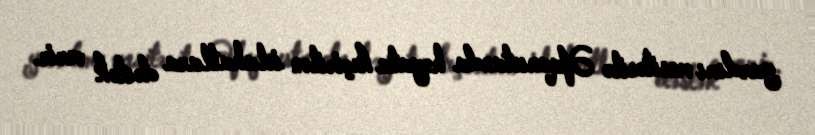
yardımı vasitəsilə Əfqanıstanda həyata keçirilən islahatlara dəstək verir.